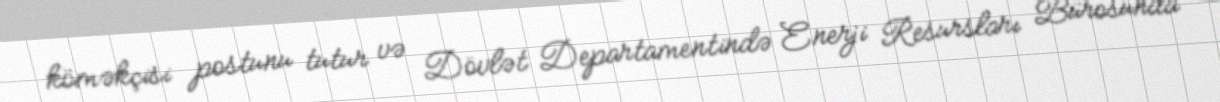
köməkçisi postunu tutur və Dövlət Departamentində Enerji Resursları Bürosunda